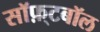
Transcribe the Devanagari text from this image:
सॉफ़्टबॉल